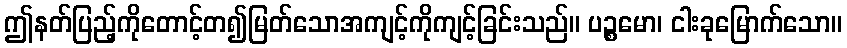
ဤနတ်ပြည့်ကိုတောင့်တ၍မြတ်သောအကျင့်ကိုကျင့်ခြင်းသည်။ ပဉ္စမော၊ ငါးခုမြောက်သော။